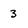
Character: 3